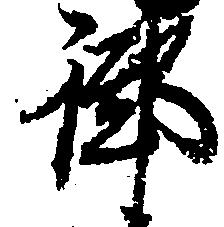
御